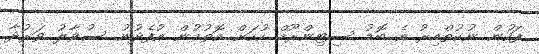
ފަހުން ނުކުތްއިރު އެ ބޮޑު ސިޓިންރޫމް ހުހަށް އޮތުމުން އުފެދުނު ސުވާލު ވަރުދާ